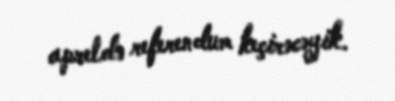
apreldə referendum keçirəcəyik.